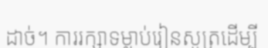
ដាច់។ ការរក្សាទម្លាប់រៀនសូត្រដើម្បី